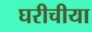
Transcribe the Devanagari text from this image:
घरीचीया